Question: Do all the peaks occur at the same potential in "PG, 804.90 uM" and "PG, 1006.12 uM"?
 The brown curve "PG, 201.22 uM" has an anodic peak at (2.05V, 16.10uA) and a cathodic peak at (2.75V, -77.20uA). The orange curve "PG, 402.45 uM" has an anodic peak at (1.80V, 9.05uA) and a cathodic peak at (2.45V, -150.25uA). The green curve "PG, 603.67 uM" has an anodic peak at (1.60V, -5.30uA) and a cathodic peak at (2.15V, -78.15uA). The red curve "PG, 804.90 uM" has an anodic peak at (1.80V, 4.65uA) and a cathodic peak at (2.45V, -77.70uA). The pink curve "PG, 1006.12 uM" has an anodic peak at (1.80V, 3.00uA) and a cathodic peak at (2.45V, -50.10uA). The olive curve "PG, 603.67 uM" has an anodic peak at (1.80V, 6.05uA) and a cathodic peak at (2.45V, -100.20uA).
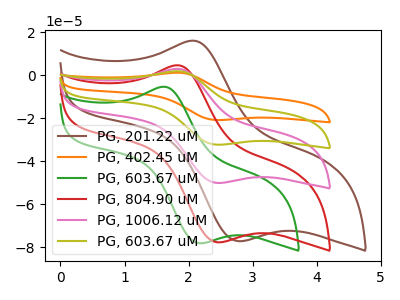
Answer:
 <answer>Yes, "PG, 804.90 uM" have a peak in "PG, 1006.12 uM" at the same potential.</answer>
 <eval>match</eval>